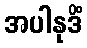
အပါနုဒိံ